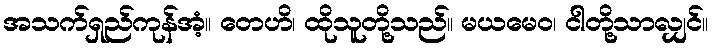
အသက်ရှည်ကုန်အံ့။ တေဟိ၊ ထိုသူတို့သည်။ မယမေဝ၊ ငါတို့သာလျှင်။